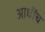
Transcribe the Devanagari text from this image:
आधींच